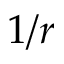
1 / r